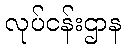
လုပ်ငန်းဌာန